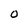
Character: 0